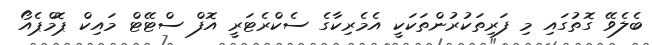
ބެލެވޭ ގޮތުގައި މި ފަރިތަކުރުންތަކަކީ އެމެރިކާގެ ސެކްރެޓަރީ އޮފް ސްޓޭޓް މައިކް ޕޮމްޕެއޯ